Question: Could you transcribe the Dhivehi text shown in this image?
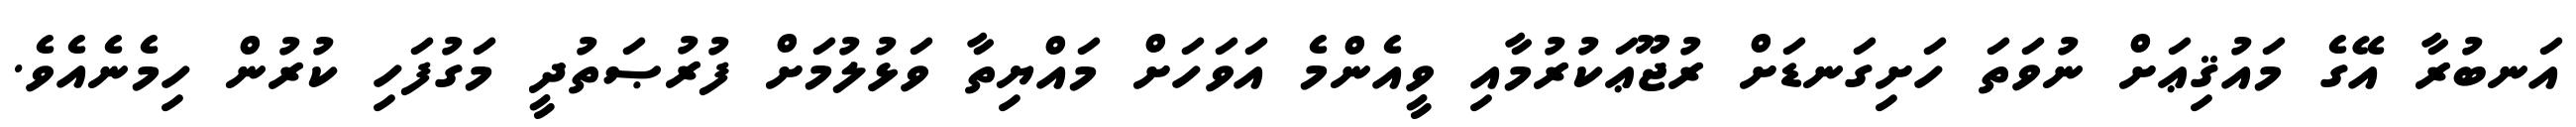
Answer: އަނބުރާ އޭގެ މައުޤިޢަށް ނުވަތަ ހަށިގަނޑަށް ރުޖޫޢަކުރުމާއި ވީއެންމެ އަވަހަށް މައްޔިތާ ވަޅުލުމަށް ފުރުޞަތުދީ މަގުފަހި ކުރުން ހިމެނެއެވެ.